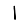
Digit: 1